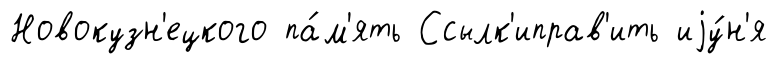
Новокузн'ецкого па́м'ять Ссылк'иправ'ить иjу́н'я